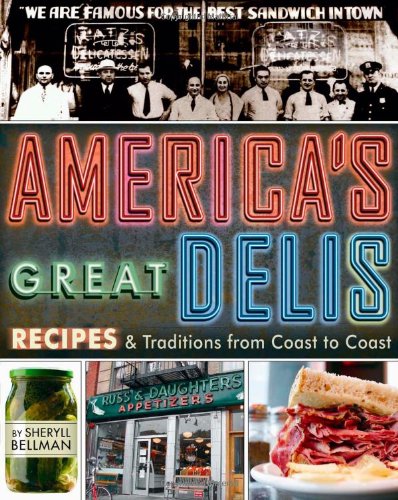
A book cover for America's Great Delis: Recipes and Traditions from Coast to Coast; Sheryll Bellman; Cookbooks, Food & Wine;